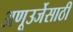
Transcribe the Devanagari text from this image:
अणूउर्जेसाठी